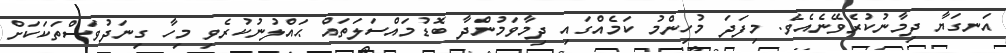
އަނގަޔާ ދިމާނުކުރެވޭނެއެވެ. މިފަދަ މުހިންމު ކަމެއްގައި ދިމާވަމުންދާ ބޮޑުމައްސަލަތައް ޙައްލުނުކުރެވި މިހާ ގިނަދުވަސްތަކަކަށް